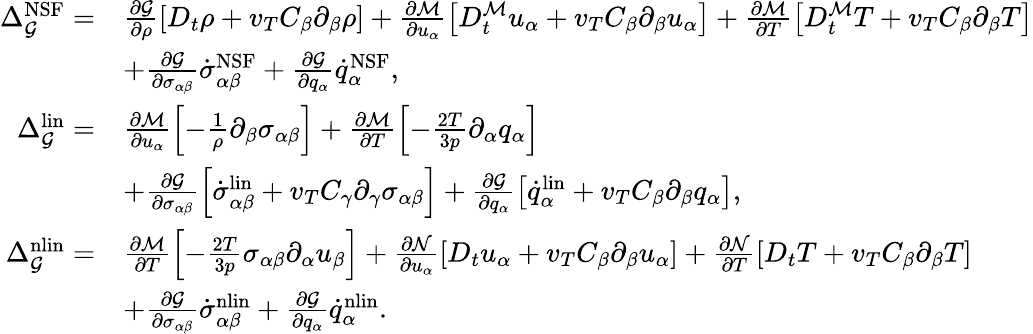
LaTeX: \begin{array}{rl}{\Delta_{\mathcal{G}}^{\mathrm{NSF}}=}&{\frac{\partial\mathcal{G}}{\partial\rho}\left[D_{t}\rho+v_{T}C_{\beta}\partial_{\beta}\rho\right]+\frac{\partial\mathcal{M}}{\partial u_{\alpha}}\left[D_{t}^{\mathcal{M}}u_{\alpha}+v_{T}C_{\beta}\partial_{\beta}u_{\alpha}\right]+\frac{\partial\mathcal{M}}{\partial T}\left[D_{t}^{\mathcal{M}}T+v_{T}C_{\beta}\partial_{\beta}T\right]}\\ &{+\frac{\partial\mathcal{G}}{\partial\sigma_{\alpha\beta}}\dot{\sigma}_{\alpha\beta}^{\mathrm{NSF}}+\frac{\partial\mathcal{G}}{\partial q_{\alpha}}\dot{q}_{\alpha}^{\mathrm{NSF}},}\\ {\Delta_{\mathcal{G}}^{\mathrm{lin}}=}&{\frac{\partial\mathcal{M}}{\partial u_{\alpha}}\left[-\frac{1}{\rho}\partial_{\beta}\sigma_{\alpha\beta}\right]+\frac{\partial\mathcal{M}}{\partial T}\left[-\frac{2T}{3p}\partial_{\alpha}q_{\alpha}\right]}\\ &{+\frac{\partial\mathcal{G}}{\partial\sigma_{\alpha\beta}}\left[\dot{\sigma}_{\alpha\beta}^{\mathrm{lin}}+v_{T}C_{\gamma}\partial_{\gamma}\sigma_{\alpha\beta}\right]+\frac{\partial\mathcal{G}}{\partial q_{\alpha}}\left[\dot{q}_{\alpha}^{\mathrm{lin}}+v_{T}C_{\beta}\partial_{\beta}q_{\alpha}\right],}\\ {\Delta_{\mathcal{G}}^{\mathrm{nlin}}=}&{\frac{\partial\mathcal{M}}{\partial T}\left[-\frac{2T}{3p}\sigma_{\alpha\beta}\partial_{\alpha}u_{\beta}\right]+\frac{\partial\mathcal{N}}{\partial u_{\alpha}}\left[D_{t}u_{\alpha}+v_{T}C_{\beta}\partial_{\beta}u_{\alpha}\right]+\frac{\partial\mathcal{N}}{\partial T}\left[D_{t}T+v_{T}C_{\beta}\partial_{\beta}T\right]}\\ &{+\frac{\partial\mathcal{G}}{\partial\sigma_{\alpha\beta}}\dot{\sigma}_{\alpha\beta}^{\mathrm{nlin}}+\frac{\partial\mathcal{G}}{\partial q_{\alpha}}\dot{q}_{\alpha}^{\mathrm{nlin}}.}\end{array}